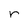
Character: r